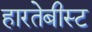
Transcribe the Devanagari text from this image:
हारतेबीस्ट